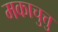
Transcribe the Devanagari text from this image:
मकाचुत्तु